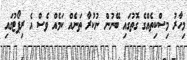
މިހާރު މިސްކިތެއްގެ ގޮތުގައި ބޭނުން ނުކުރާ ތަނެއް ކަމެއް ވެސް އެ ރިޕޯޓުގައި